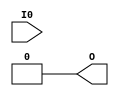
// $Header: /devl/xcs/repo/env/Databases/CAEInterfaces/verunilibs/data/unisims/LUT1.v,v 1.6 2005/03/14 22:32:54 yanx Exp $
///////////////////////////////////////////////////////////////////////////////
// Copyright (c) 1995/2004 Xilinx, Inc.
// All Right Reserved.
///////////////////////////////////////////////////////////////////////////////
//   ____  ____
//  /   /\/   /
// /___/  \  /    Vendor : Xilinx
// \   \   \/     Version : 8.1i (I.13)
//  \   \         Description : Xilinx Functional Simulation Library Component
//  /   /                  1-input Look-Up-Table with General Output
// /___/   /\     Filename : LUT1.v
// \   \  /  \    Timestamp : Thu Mar 25 16:42:53 PST 2004
//  \___\/\___\
//
// Revision:
//    03/23/04 - Initial version.
//    02/04/05 - Rev 0.0.1 Replace premitive with function; Remove buf.
// End Revision

`timescale  100 ps / 10 ps


module LUT1 (O, I0);

    parameter INIT = 2'h0;

    input I0;

    output O;
    
    wire O;

    assign O = (INIT[0] == INIT[1]) ? INIT[0] : INIT[I0];

endmodule